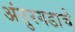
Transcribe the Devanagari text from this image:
अंतुरगडाचे